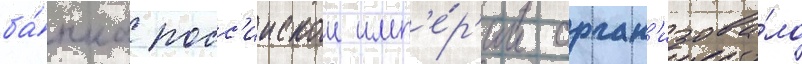
ба́нка росс'иискои имп'е́р'ии орган'изова́ло